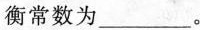
衡常数为___。